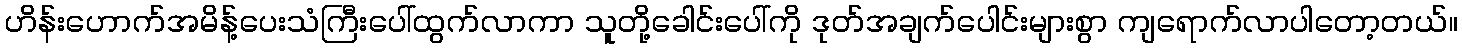
ဟိန်းဟောက်အမိန့်ပေးသံကြီးပေါ်ထွက်လာကာ သူတို့ခေါင်းပေါ်ကို ဒုတ်အချက်ပေါင်းများစွာ ကျရောက်လာပါတော့တယ်။